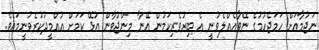
ނަޖުމާއަށް ހަމަޖެހުމުގެ ނޭވާއެއްލެވުނީ އެ ބިރުވެރިކަމުން އޭނާ މިންޖުވާން އުޅޭ ކަމަށް އުއްމީދުކުރެވުނީމައެވެ.